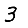
Digit: 3